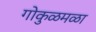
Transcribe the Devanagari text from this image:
गोकुळमळा